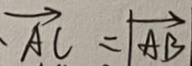
\overrightarrow { . A C } = \overrightarrow { \vert A B }